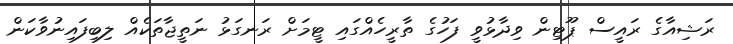
ރަޝިއާގެ ރައީސް ޕޫޓިން ވިދާޅުވީ ފަހުގެ ތާރީހެއްގައި ޓީމަށް ރަނގަޅު ނަތީޖާތަކެއް ލިބިފައިނުވާކަން